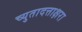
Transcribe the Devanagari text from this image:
च्युतादत्ताक्षरा